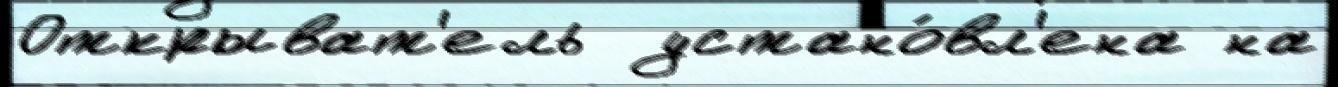
Открыват'ель  устано́вл'ена на